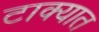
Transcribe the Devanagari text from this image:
टाक्‍यात